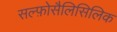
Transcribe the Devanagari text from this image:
सल्फ़ोसैलिसिलिक